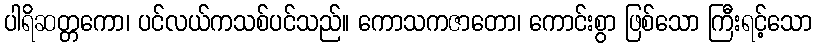
ပါရိဆတ္တကော၊ ပင်လယ်ကသစ်ပင်သည်။ ကောသကဇာတော၊ ကောင်းစွာ ဖြစ်သော ကြီးရင့်သော